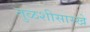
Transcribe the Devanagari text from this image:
तुळशीसारखे